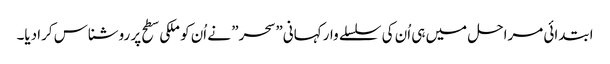
ابتدائی مراحل میں ہی اُن کی سلسلے وار کہانی” سحر” نے اُن کو ملکی سطح پر روشناس کرادیا۔